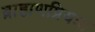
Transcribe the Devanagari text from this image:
ब्राह्मणप्रियः।।